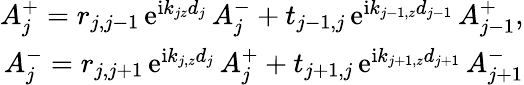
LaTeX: \begin{array}{r}{A_{j}^{+}=r_{j,j-1}\, \mathrm{e}^{\mathrm{i}k_{jz}d_{j}}\, A_{j}^{-}+t_{j-1,j}\, \mathrm{e}^{\mathrm{i}k_{{j-1},z}d_{j-1}}\, A_{j-1}^{+},}\\ {A_{j}^{-}=r_{j,j+1}\, \mathrm{e}^{\mathrm{i}k_{j,z}d_{j}}\, A_{j}^{+}+t_{j+1,j}\, \mathrm{e}^{\mathrm{i}k_{{j+1},z}d_{j+1}}\, A_{j+1}^{-}}\end{array}